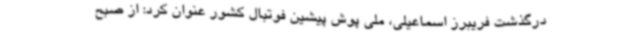
درگذشت فریبرز اسماعیلی، ملی پوش پیشین فوتبال کشور عنوان کرد: از صبح